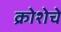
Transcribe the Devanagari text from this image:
क्रोशेचे